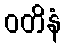
ဝတိနံ